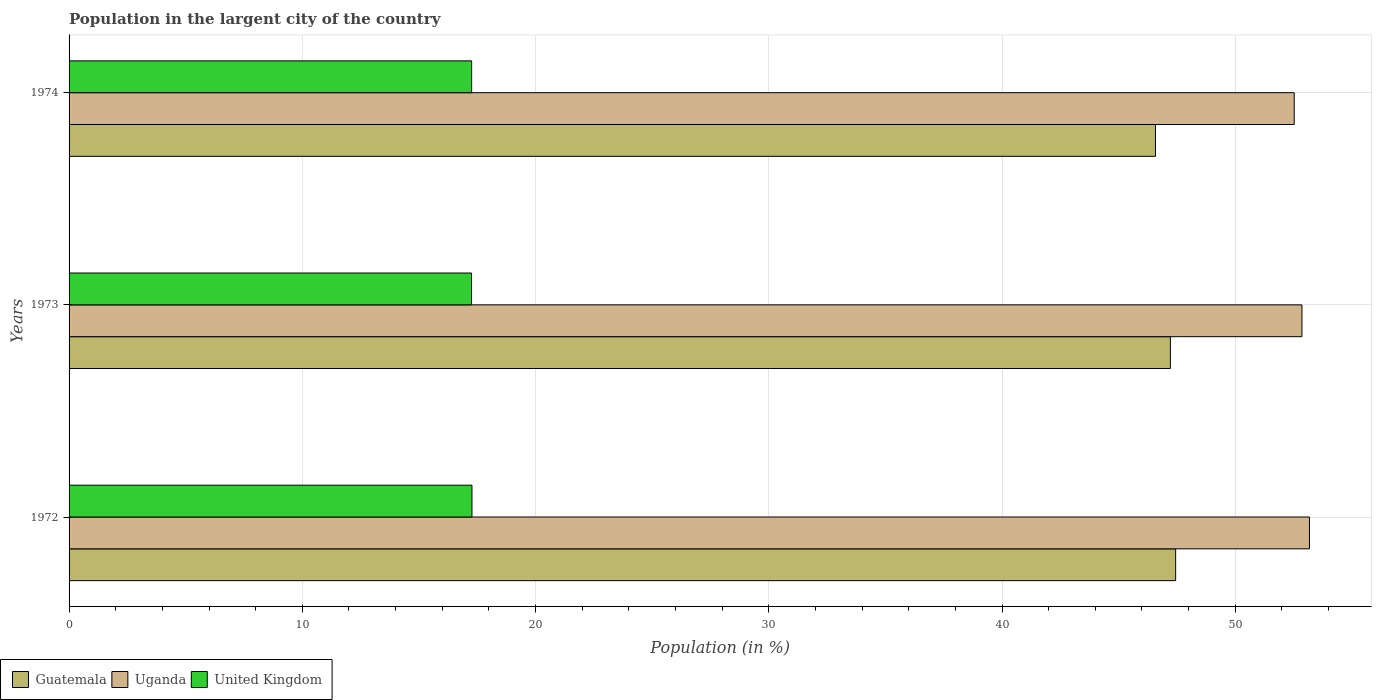
| Years | Guatemala | Uganda | United Kingdom |
 | --- | --- | --- | --- |
 | 1972 | 47.4 | 53.2 | 17.3 |
 | 1973 | 47.2 | 52.9 | 17.3 |
 | 1974 | 46.6 | 52.5 | 17.3 |